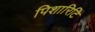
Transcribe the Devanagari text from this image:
पिशारिटि